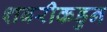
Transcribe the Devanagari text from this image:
शबरीकडुन